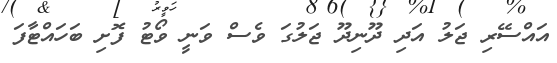
އައްސޭރި ޖަލު އަދި ދޫނިދޫ ޖަލުގަ ވެސް ވަނީ ވޯޓު ފޮށި ބަހައްޓާފަ